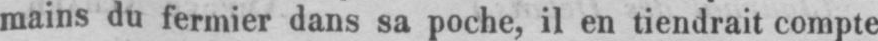
mains du fermier dans sa poche, il en tiendrait compte